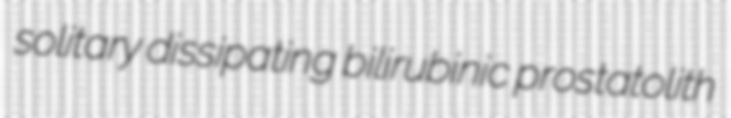
solitary dissipating bilirubinic prostatolith